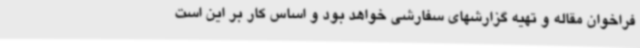
فراخوان مقاله و تهیه گزارشهای سفارشی خواهد بود و اساس کار بر این است